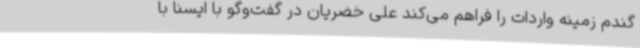
گندم زمینه واردات را فراهم می‌کند علی خضریان در گفت‌وگو با ایسنا با